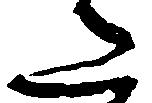
た